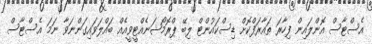
އެސްޓާސް އޮންލައިން ފިހާރަ ތައާރަފްކޮށް ޑިސްކައުންޓް ލިބޭ ޕްރޮމޯޝަނެއްޓީވީއެއް ބައްލަވައިގަންނަވާ ނަމަ އެސްޓާސް